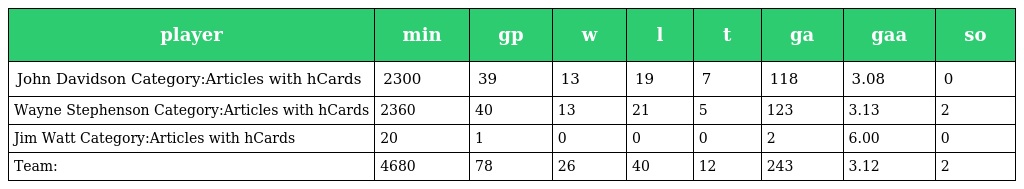
| player | min | gp | w | l | t | ga | gaa | so |
 | --- | --- | --- | --- | --- | --- | --- | --- | --- |
 | John Davidson Category:Articles with hCards | 2300 | 39 | 13 | 19 | 7 | 118 | 3.08 | 0 |
 | Wayne Stephenson Category:Articles with hCards | 2360 | 40 | 13 | 21 | 5 | 123 | 3.13 | 2 |
 | Jim Watt Category:Articles with hCards | 20 | 1 | 0 | 0 | 0 | 2 | 6.00 | 0 |
 | Team: | 4680 | 78 | 26 | 40 | 12 | 243 | 3.12 | 2 |